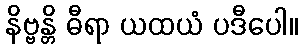
နိဗ္ဗန္တိ ဓီရာ ယထယံ ပဒီပေါ။